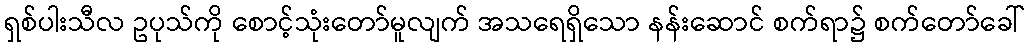
ရှစ်ပါးသီလ ဥပုသ်ကို စောင့်သုံးတော်မူလျက် အသရေရှိသော နန်းဆောင် စက်ရာ၌ စက်တော်ခေါ်